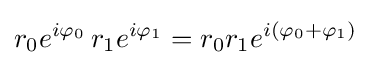
r_{0}e^{i\varphi _{0}}\,r_{1}e^{i\varphi _{1}}=r_{0}r_{1}e^{i\left(\varphi _{0}+\varphi _{1}\right)}